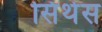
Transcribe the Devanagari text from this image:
सिंथेस